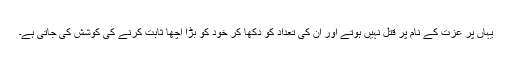
یہاں‌ پر عزت کے نام پر قتل نہیں‌ ہوتے اور ان کی تعداد کو دکھا کر خود کو بڑا اچھا ثابت کرنے کی کوشش کی جاتی ہے۔